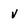
Character: v